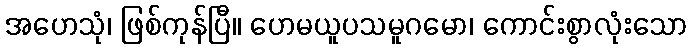
အဟေသုံ၊ ဖြစ်ကုန်ပြီ။ ဟေမယူပသမူဂမော၊ ကောင်းစွာလုံးသော